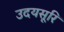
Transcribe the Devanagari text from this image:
उदयसूरि